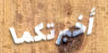
أخبرتكما